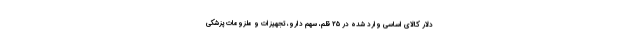
دلار کالای اساسی وارد شده در ۲۵ قلم، سهم دارو، تجهیزات و ملزومات پزشکی